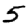
Digit: 5